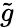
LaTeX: \widetilde g